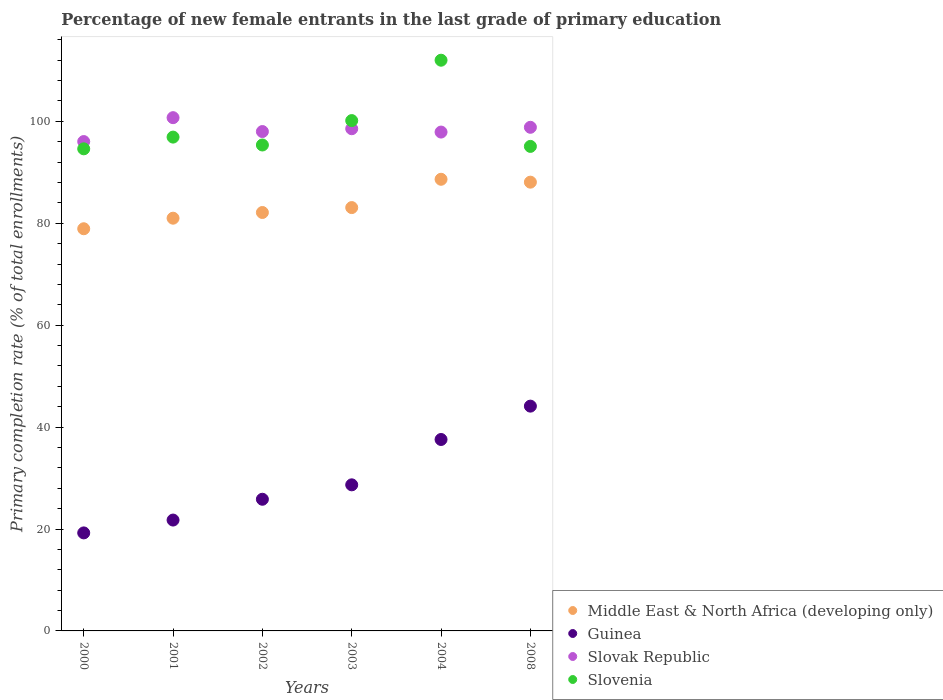
| Years | Middle East & North Africa (developing only) | Guinea | Slovak Republic | Slovenia |
 | --- | --- | --- | --- | --- |
 | 2000 | 78.9 | 19.2 | 96 | 94.6 |
 | 2001 | 81 | 21.8 | 101 | 96.9 |
 | 2002 | 82.1 | 25.8 | 98 | 95.4 |
 | 2003 | 83.1 | 28.7 | 98.5 | 100 |
 | 2004 | 88.6 | 37.6 | 97.9 | 112 |
 | 2008 | 88.1 | 44.1 | 98.8 | 95.1 |